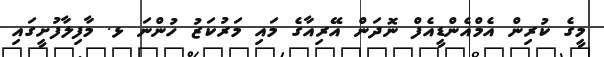
މީގެ ކުރިން އެމްއެންޑީއެފް ނޮދަން އޭރިއާގެ މައި މަރުކަޒު ހުންނަ ޅ. މާފިލާފުށީގައި